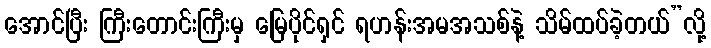
အောင်ပြီး ကြီးတောင်းကြီးမှ မြေပိုင်ရှင် ရဟန်းအမအသစ်နဲ့ သိမ်ထပ်ခဲ့တယ်”လို့